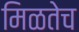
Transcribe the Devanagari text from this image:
मिळतेच